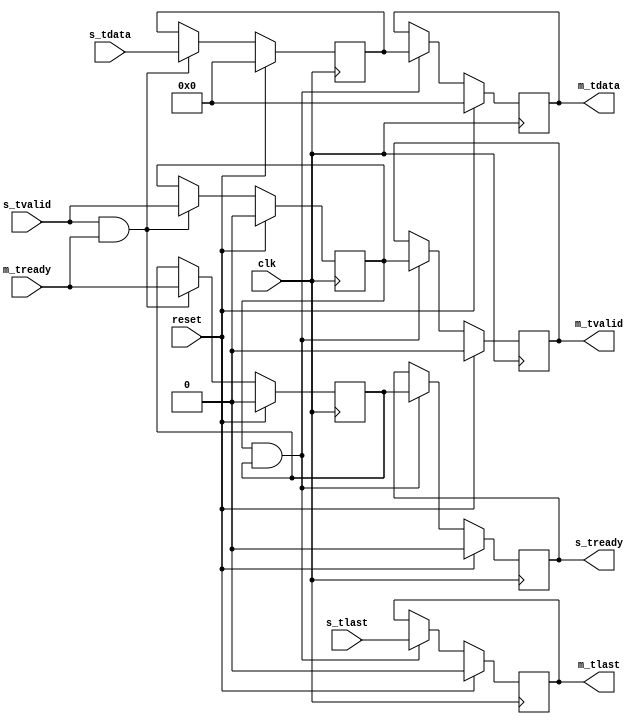
`timescale 1ns / 1ps
//////////////////////////////////////////////////////////////////////////////////
// Company: 
// Engineer: 
// 
// Design Name: 
// Module Name: reg_axis
// Project Name: 
// Target Devices: 
// Tool Versions: 
// Description: 
// 
// Dependencies: 
// 
// Revision:
// Revision 0.01 - File Created
// Additional Comments:
// 
//////////////////////////////////////////////////////////////////////////////////


module reg_axis(

               input clk,
               input reset,
               
               input wire [7:0] s_tdata,
               input wire s_tvalid,
               output reg s_tready,
               input wire s_tlast,
               
               output reg [7:0] m_tdata,
               output reg m_tvalid,
               input wire m_tready,
               output reg m_tlast
               );
               
   reg [7:0] register_data;
   reg s_tvalid_1;
   reg m_tready_1;
   
   
   always@(posedge clk) begin
       if(reset) begin
         register_data <= 1'b0;
          s_tvalid_1 <= 1'b0;
          m_tready_1 <= 1'b0;
         end
         else if(s_tvalid && m_tready) begin
           register_data <= s_tdata;
           s_tvalid_1 <= s_tvalid;
           m_tready_1 <= m_tready;
           end
           
      end
      
     always@(posedge clk) begin
          if(reset) begin
             m_tdata <= 1'b0;
             m_tvalid <= 1'b0;
             s_tready <= 1'b0;
             m_tlast <=  1'b0;
             
          end else if(s_tvalid_1 && m_tready_1) begin
          
             m_tdata <= register_data;
             m_tvalid <= s_tvalid_1;
             s_tready <= m_tready_1;
             m_tlast <= s_tlast;
             
           //  m_tvalid <= 1'b1;
             end
             
            end        
    
     
endmodule